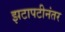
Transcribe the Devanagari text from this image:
झटापटीनंतर